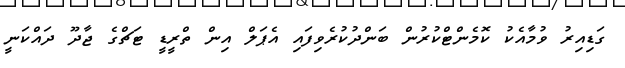
ގަޑިއިރު ވުމާއެކު ކޮމެންޓްކުރުން ބަންދުކުރެވިފައި އެޕަލް އިން ތްރީޑީ ޓަޗްގެ ޖާދޫ ދައްކަނީ